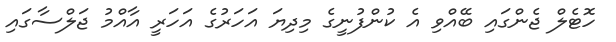
ހޮޓެލް ޖެންގައި ބޭއްވި އެ ކުންފުނީގެ މިދިޔަ އަހަރުގެ އަހަރީ އާއްމު ޖަލްސާގައި